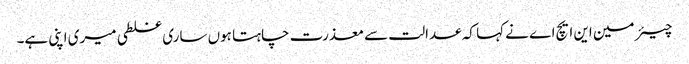
چیئر مین این ایچ اے نے کہا کہ عدالت سے معذرت چاہتا ہوں ساری غلطی میری اپنی ہے۔